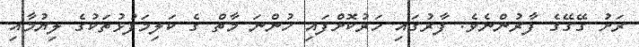
ރަށު ގޭގޭގެ ފާރުންނެވެ. ފާރުގައި ހަރުކޮށްފައި ހުންނަ މާތް ގެ ކަލިމަފުޅުތަކުގެ ލިޔުމާއި